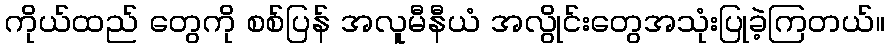
ကိုယ်ထည် တွေကို စစ်ပြန် အလူမီနီယံ အလွိုင်းတွေအသုံးပြုခဲ့ကြတယ်။